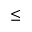
\leq